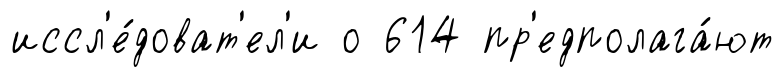
иссл'е́доват'ел'и о 614 пр'едполага́ют